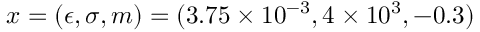
\displaystyle \boldsymbol { x } = ( \epsilon , \sigma , m ) = ( 3 . 7 5 \times 1 0 ^ { - 3 } , 4 \times 1 0 ^ { 3 } , - 0 . 3 )